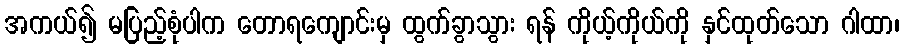
အကယ်၍ မပြည့်စုံပါက တောရကျောင်းမှ ထွက်ခွာသွား ရန် ကိုယ့်ကိုယ်ကို နှင်ထုတ်သော ဂါထာ၊